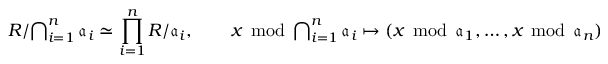
R / { \textstyle \bigcap _ { i = 1 } ^ { n } { { \mathfrak { a } } _ { i } } } \simeq \prod _ { i = 1 } ^ { n } { R / { \mathfrak { a } } _ { i } } , \qquad x \; \operatorname { m o d } \; { \textstyle \bigcap _ { i = 1 } ^ { n } { { \mathfrak { a } } _ { i } } } \mapsto ( x \; \operatorname { m o d } \; { \mathfrak { a } } _ { 1 } , \ldots , x \; \operatorname { m o d } \; { \mathfrak { a } } _ { n } )